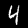
Label: 4